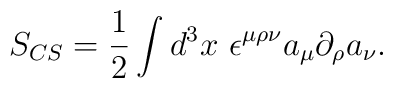
S_{CS} = \frac{1}{2} \int d^3 x~ \epsilon^{\mu \rho\nu}           a_\mu \partial_\rho a_\nu.